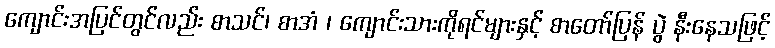
ကျောင်းအပြင်တွင်လည်း စာသင်၊ စာအံ ၊ ကျောင်းသားကိုရင်များနှင့် စာတော်ပြန် ပွဲ နီးနေသဖြင့်